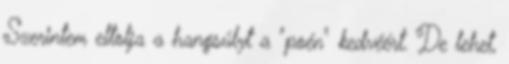
Szerintem eltolja a hangsúlyt a "poén" kedvéért. De lehet,